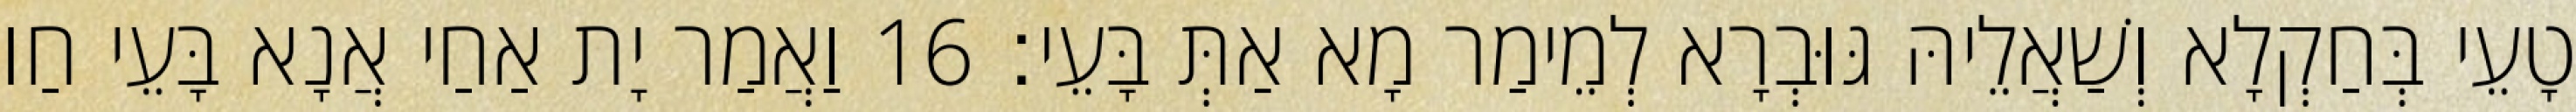
טָעֵי בְּחַקְלָא וְשַׁאֲלֵיהּ גּוּבְרָא לְמֵימַר מָא אַתְּ בָּעֵי׃ 16 וַאֲמַר יָת אַחַי אֲנָא בָּעֵי חַו